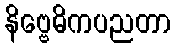
နိဗ္ဗေဓိကပညတာ